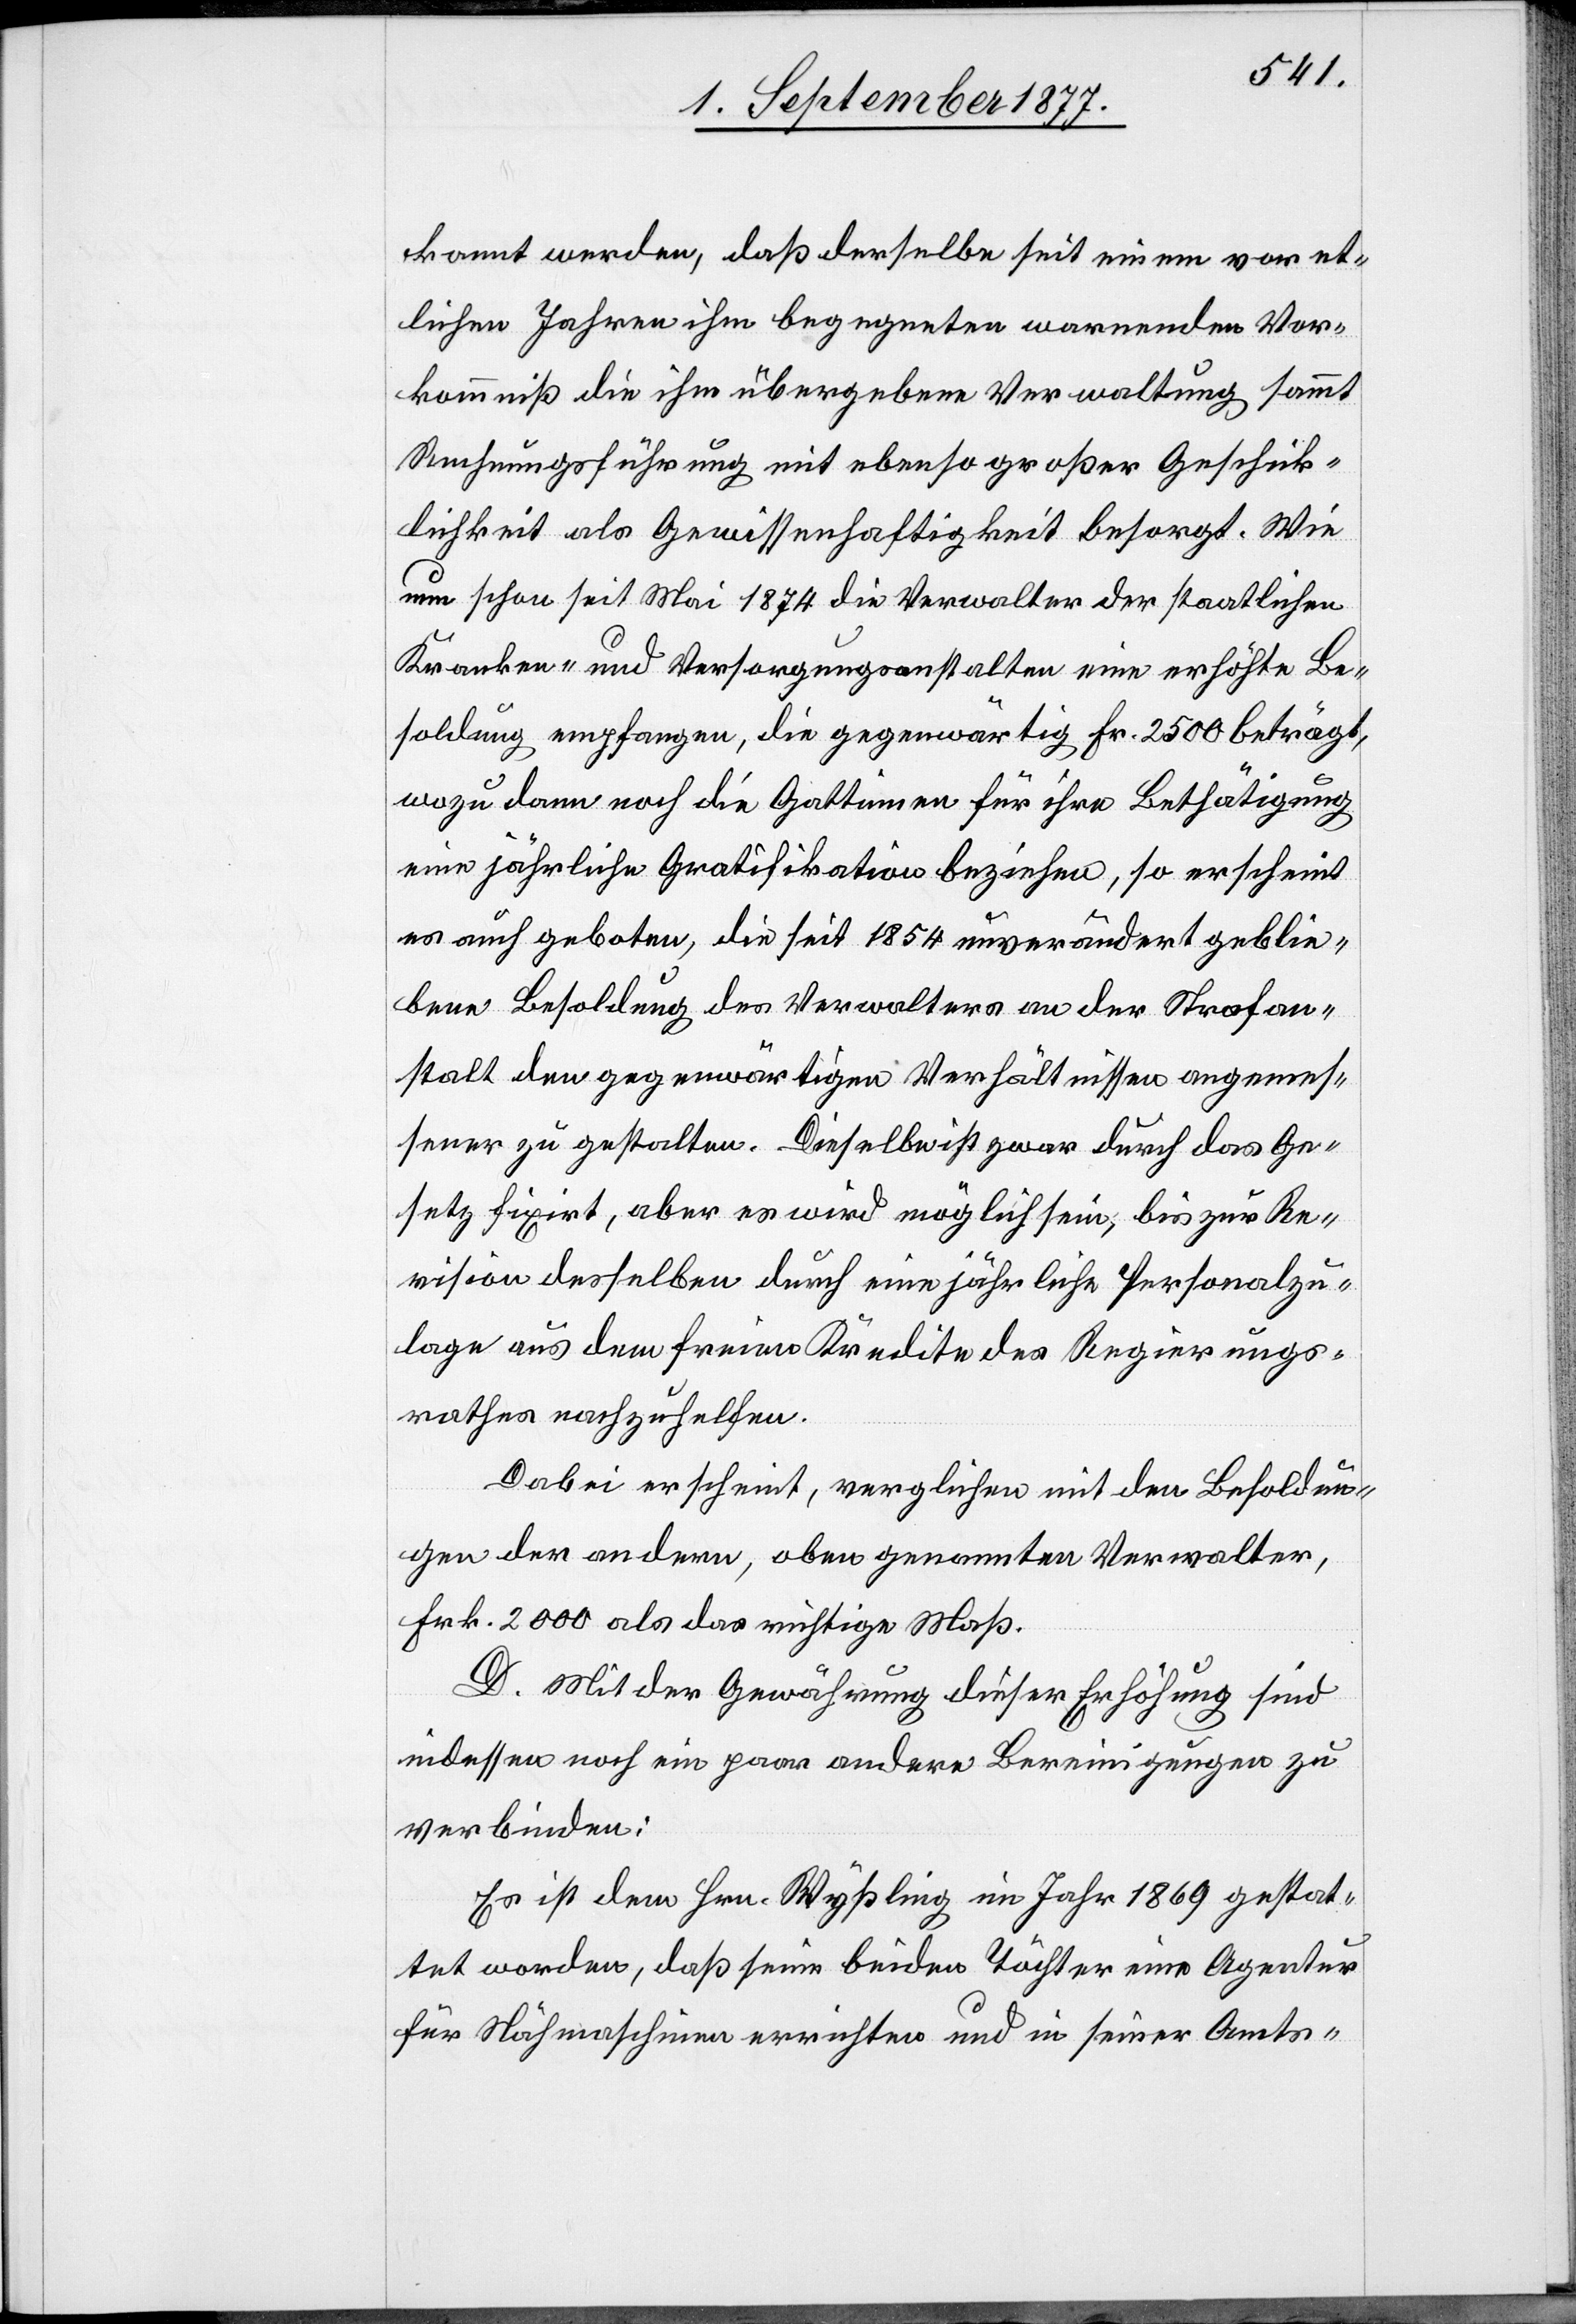
kannt werden, daß derselbe seit einem vor et¬
lichen Jahren ihm begegneten warnenden Vor¬
kommniß die ihm übergebene Verwaltung sammt
Rechnungsführung mit ebenso großer Geschick¬
lichkeit als Gewissenhaftigkeit besorgt. Wie
nun schon seit Mai 1874 die Verwalter der staatlichen
Kranken- und Versorgungsanstalten eine erhöhte Be¬
soldung empfangen, die gegenwärtig Fr. 2500 beträgt,
wozu dann noch die Gattinnen für ihre Bethätigung
eine jährliche Gratifikation beziehen, so erscheint
es auch geboten, die seit 1854 unverändert geblie¬
bene Besoldung des Verwalters an der Strafan¬
stalt den gegenwärtigen Verhältnissen angemes¬
sener zu gestalten. Dieselbe ist zwar durch das Ge¬
setz fixirt, aber es wird möglich sein, bis zur Re¬
vision desselben durch eine jährliche Personalzu¬
lage aus dem freien Kredite des Regierungs¬
rathes nachzuhelfen.
Dabei erscheint, verglichen mit den Besoldun¬
gen der andern, oben genannten Verwalter,
Frk. 2000 als das richtige Maß.
D. Mit der Gewährung dieser Erhöhung sind
indessen noch ein paar andere Bereinigungen zu
verbinden:
Es ist dem Hrn. Wyßling im Jahr 1869 gestat¬
tet worden, daß seine beiden Töchter eine Agentur
für Nähmaschinen errichten und in seiner Amts-